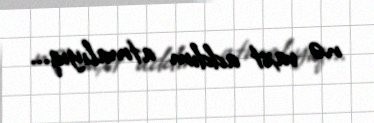
nə vaxt addım atmalıyıq...